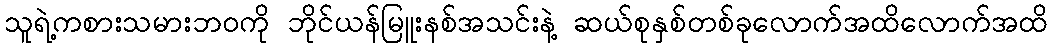
သူရဲ့ကစားသမားဘဝကို ဘိုင်ယန်မြူးနစ်အသင်းနဲ့ ဆယ်စုနှစ်တစ်ခုလောက်အထိလောက်အထိ